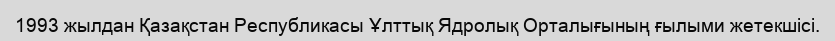
1993 жылдан Қазақстан Республикасы Ұлттық Ядролық Орталығының ғылыми жетекшісі.